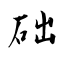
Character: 础